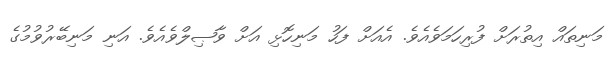
މަނިތައް އިތުރަށް ފުރިހަމަވެއެވެ. އެއަށް ފަހު މަނިހޮޅި އަށް ވާޞިލްވެއެވެ. އަނި މަނިބޭރުވުމުގެ